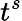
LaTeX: t^{s}